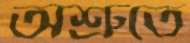
অশ্রুতে